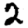
Digit: 2